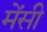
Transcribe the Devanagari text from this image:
मेंसी